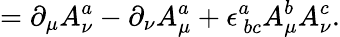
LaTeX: =\partial_{\mu}A_{\nu}^{a}-\partial_{\nu}A_{\mu}^{a}+\epsilon_{\ bc}^{a}A_{\mu}^{b}A_{\nu}^{c}.